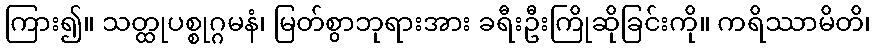
ကြား၍။ သတ္ထုပစ္စုဂ္ဂမနံ၊ မြတ်စွာဘုရားအား ခရီးဦးကြိုဆိုခြင်းကို။ ကရိဿာမိတိ၊